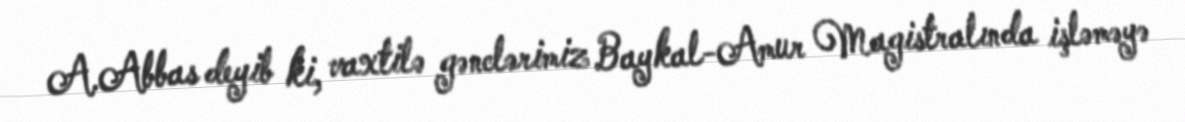
A.Abbas deyib ki, vaxtilə gənclərimiz Baykal-Amur Magistralında işləməyə